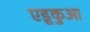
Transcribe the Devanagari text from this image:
एडूकुआ